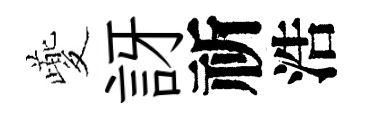
夔訝祈浩